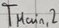
Text: TMain,2